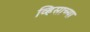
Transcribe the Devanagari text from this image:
व्हिसाच्या